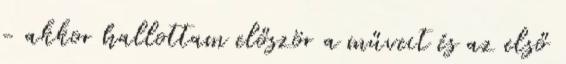
- akkor hallottam először a műveit és az első